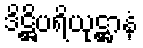
ဒိဋ္ဌိပရိယုဋ္ဌာနံ